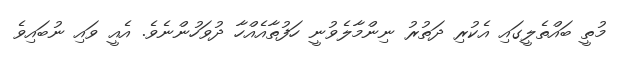
މުތީ ބައްތެލީގައި އެކުރި ދަތުރު ނިންމާލެވުނީ ހަފުތާއެއްހާ ދުވަހުންނެވެ. އެއީ ވައި ނުބައިވެ